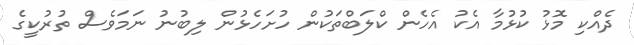
ދެއްކި މޮޅު ކުޅުމާ އެކު އެހެން ކްލަބްތަކުން ހުށަހެޅުން ލިބުނު ނަމަވެސް ތުރުކީގެ